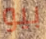
بيو